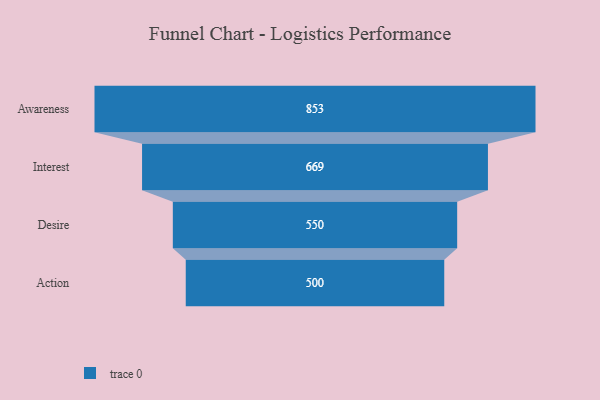
{"axis": {"x": "Stage", "y": "Value"}, "legend": [""], "data": [{"x": "Awareness", "y": 853.0, "type": ""}, {"x": "Interest", "y": 669.0, "type": ""}, {"x": "Desire", "y": 550.0, "type": ""}, {"x": "Action", "y": 500, "type": ""}]}